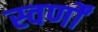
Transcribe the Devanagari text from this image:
स्वर्णों